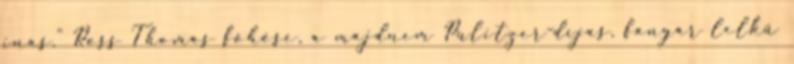
inas." Ross Thomas főhőse, a majdnem Pulitzer-díjas, fanyar lelkű